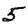
Digit: 5